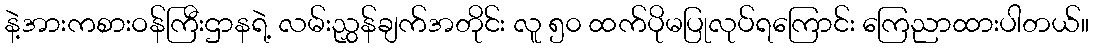
နဲ့အားကစားဝန်ကြီးဌာနရဲ့ လမ်းညွှန်ချက်အတိုင်း လူ ၅၀ ထက်ပိုမပြုလုပ်ရကြောင်း ကြေညာထားပါတယ်။